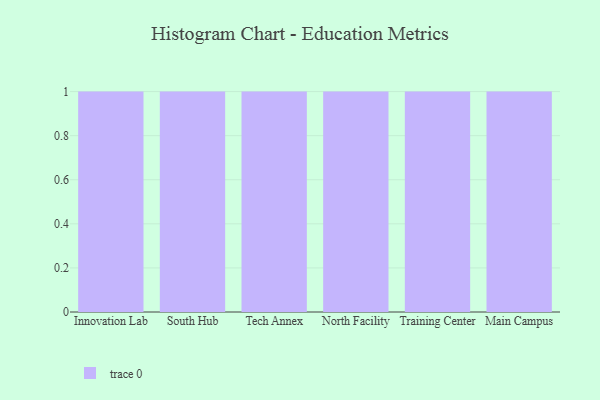
{"axis": {"x": "Campus", "y": "Headcount"}, "legend": [""], "data": [{"x": "Innovation Lab", "y": 18, "type": ""}, {"x": "South Hub", "y": 3, "type": ""}, {"x": "Tech Annex", "y": 16, "type": ""}, {"x": "North Facility", "y": 35, "type": ""}, {"x": "Training Center", "y": 66, "type": ""}, {"x": "Main Campus", "y": 53, "type": ""}]}